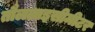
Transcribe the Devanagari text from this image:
तौललाइसीमीटर